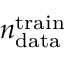
n _ { \mathrm { d a t a } } ^ { \mathrm { t r a i n } }